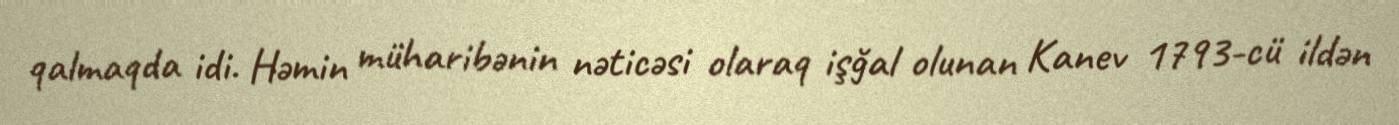
qalmaqda idi. Həmin müharibənin nəticəsi olaraq işğal olunan Kanev 1793-cü ildən